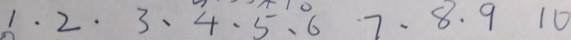
1 . 2 . 3 . 4 . 5 . 6 7 . 8 . 9 1 0